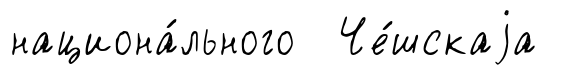
национа́льного Че́шскаjа